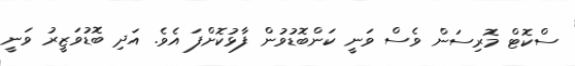
ސްކޮޓް މޮރިސަން ވެސް ވަނީ ކަންބޮޑުވުން ފާޅުކޮށްފަ އެވެ. އަދި ބޮޑުވަޒީރު ވަނީ